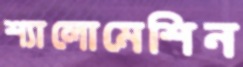
শ্যালোমেশিন